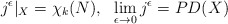
\begin{align*}j^\epsilon |_X = \chi_k (N), \ \ \lim_{\epsilon\rightarrow 0}j^\epsilon = PD (X)\end{align*}